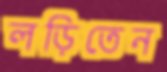
লড়িতেন